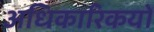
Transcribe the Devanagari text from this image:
अधिकारिकयों